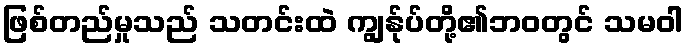
ဖြစ်တည်မှုသည် သတင်းထဲ ကျွန်ုပ်တို့၏ဘဝတွင် သမဝါ